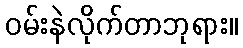
ဝမ်းနဲလိုက်တာဘုရား။